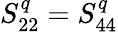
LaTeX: S_{22}^{q}=S_{44}^{q}